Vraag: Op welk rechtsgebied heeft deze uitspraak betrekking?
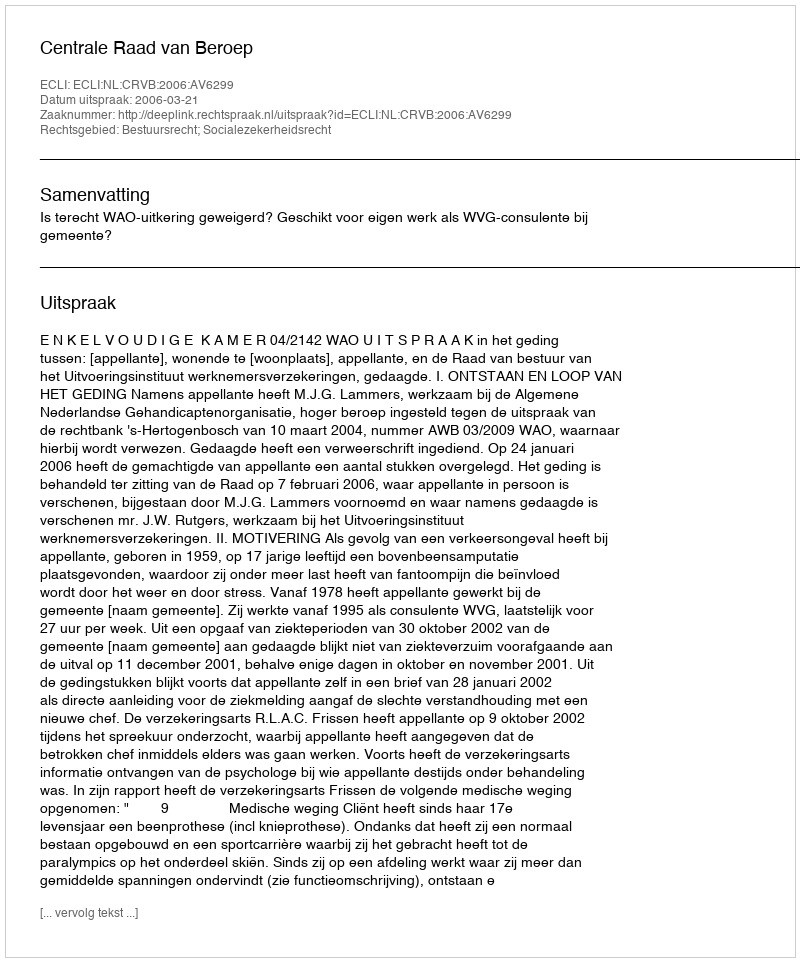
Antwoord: Bestuursrecht; Socialezekerheidsrecht